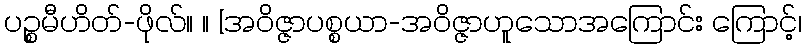
ပဉ္စမီဟိတ်-ဖိုလ်။ ။ [အဝိဇ္ဇာပစ္စယာ-အဝိဇ္ဇာဟူသောအကြောင်း ကြောင့်၊